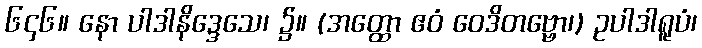
၆၄၆။ နော ပါဒါနိဒ္ဒေသေ၊ ၌။ (အတ္ထော ဧဝံ ဝေဒိတဗ္ဗော၊) ဥပါဒါရူပံ၊